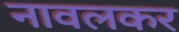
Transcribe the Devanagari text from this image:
नावलकर